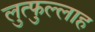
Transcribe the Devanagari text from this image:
लुत्फुल्लाह